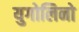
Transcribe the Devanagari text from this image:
युगोलिनो